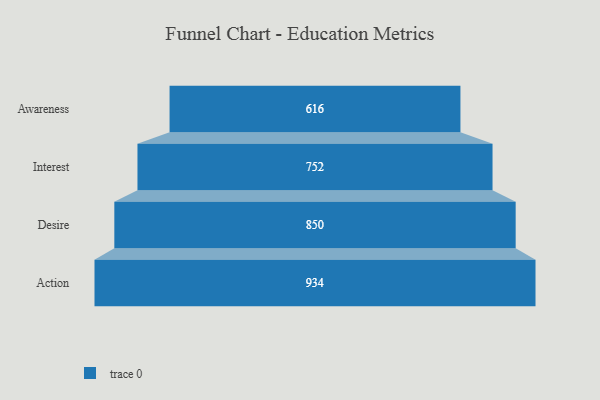
{"axis": {"x": "Stage", "y": "Value"}, "legend": [""], "data": [{"x": "Awareness", "y": 616.0, "type": ""}, {"x": "Interest", "y": 752.0, "type": ""}, {"x": "Desire", "y": 850.0, "type": ""}, {"x": "Action", "y": 934.0, "type": ""}]}